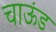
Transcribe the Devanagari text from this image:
चाऊंड